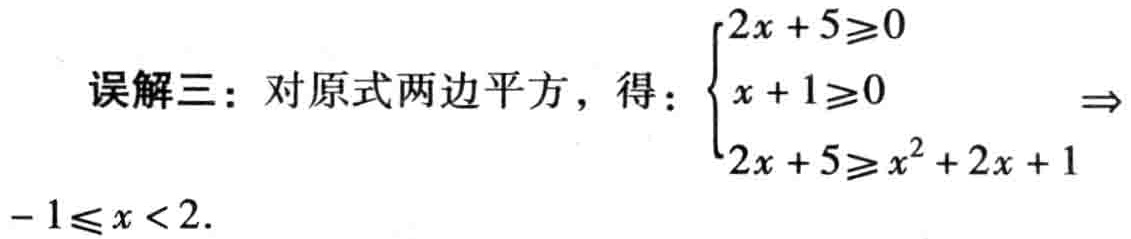
误解三：对原式两边平方，得：$\begin{cases}2x + 5\geq0 \\x + 1\geq0 \\2x + 5\geq x^{2}+2x + 1\end{cases}\Rightarrow - 1\leq x < 2.$